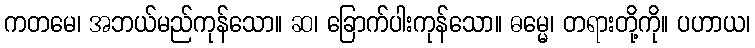
ကတမေ၊ အဘယ်မည်ကုန်သော။ ဆ၊ ခြောက်ပါးကုန်သော။ ဓမ္မေ၊ တရားတို့ကို။ ပဟာယ၊